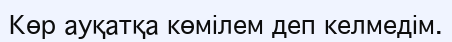
Көр ауқатқа көмілем деп келмедім.